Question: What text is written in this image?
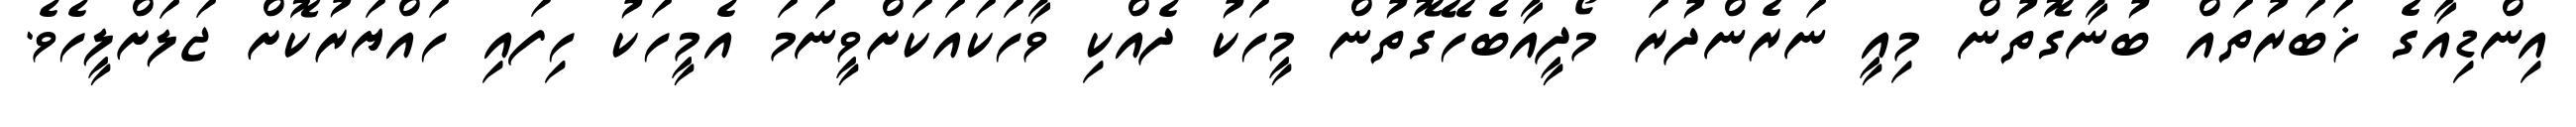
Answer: އިންޑިއާގެ ޚަބަރުތައް ބުނާގޮތުން މިއީ ނަރެންދުރަ މޯދީއާބެހޭގޮތުން މީހަކު ދެއްކި ވާހަކައަކަށްވީނަމަ އެމީހަކު ހިފައި ހައްޔަރުކޮށް ޖަލަށްލީހެވެ.